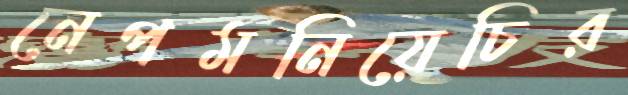
নেপমনিয়েচির